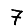
Digit: 7